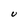
Character: U